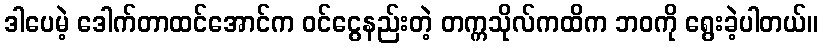
ဒါပေမဲ့ ဒေါက်တာထင်အောင်က ဝင်ငွေနည်းတဲ့ တက္ကသိုလ်ကထိက ဘဝကို ရွေးခဲ့ပါတယ်။